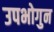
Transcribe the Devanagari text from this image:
उपभोगुन